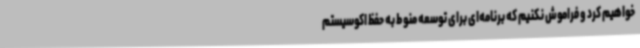
خواهیم کرد و فراموش نکنیم که برنامه‌ای برای توسعه منوط به حفظ اکوسیستم